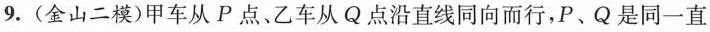
9. (金山二模)甲车从P点。乙车从Q点沿直线同向而行，P、Q是同一直